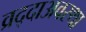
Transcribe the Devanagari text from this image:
व्रद्दाअवस्था